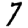
Digit: 7